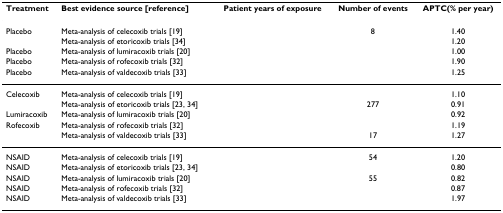
<table><thead><tr><td><b>Treatment</b></td><td><b>Best evidence source [reference]</b></td><td><b>Patient years of exposure</b></td><td><b>Number of events</b></td><td><b>APTC(% per year)</b></td></tr></thead><tbody><tr><td>Placebo</td><td>Meta-analysis of celecoxib trials [19]</td><td>[EMPTY_CELL]</td><td>8</td><td>1.40</td></tr><tr><td>[EMPTY_CELL]</td><td>Meta-analysis of etoricoxib trials [34]</td><td>[EMPTY_CELL]</td><td>[EMPTY_CELL]</td><td>1.20</td></tr><tr><td>Placebo</td><td>Meta-analysis of lumiracoxib trials [20]</td><td>[EMPTY_CELL]</td><td>[EMPTY_CELL]</td><td>1.00</td></tr><tr><td>Placebo</td><td>Meta-analysis of rofecoxib trials [32]</td><td>[EMPTY_CELL]</td><td>[EMPTY_CELL]</td><td>1.90</td></tr><tr><td>Placebo</td><td>Meta-analysis of valdecoxib trials [33]</td><td>[EMPTY_CELL]</td><td>[EMPTY_CELL]</td><td>1.25</td></tr><tr><td>Celecoxib</td><td>Meta-analysis of celecoxib trials [19]</td><td>[EMPTY_CELL]</td><td>[EMPTY_CELL]</td><td>1.10</td></tr><tr><td>[EMPTY_CELL]</td><td>Meta-analysis of etoricoxib trials [23, 34]</td><td>[EMPTY_CELL]</td><td>277</td><td>0.91</td></tr><tr><td>Lumiracoxib</td><td>Meta-analysis of lumiracoxib trials [20]</td><td>[EMPTY_CELL]</td><td>[EMPTY_CELL]</td><td>0.92</td></tr><tr><td>Rofecoxib</td><td>Meta-analysis of rofecoxib trials [32]</td><td>[EMPTY_CELL]</td><td>[EMPTY_CELL]</td><td>1.19</td></tr><tr><td>[EMPTY_CELL]</td><td>Meta-analysis of valdecoxib trials [33]</td><td>[EMPTY_CELL]</td><td>17</td><td>1.27</td></tr><tr><td>NSAID</td><td>Meta-analysis of celecoxib trials [19]</td><td>[EMPTY_CELL]</td><td>54</td><td>1.20</td></tr><tr><td>NSAID</td><td>Meta-analysis of etoricoxib trials [23, 34]</td><td>[EMPTY_CELL]</td><td>[EMPTY_CELL]</td><td>0.80</td></tr><tr><td>NSAID</td><td>Meta-analysis of lumiracoxib trials [20]</td><td>[EMPTY_CELL]</td><td>55</td><td>0.82</td></tr><tr><td>NSAID</td><td>Meta-analysis of rofecoxib trials [32]</td><td>[EMPTY_CELL]</td><td>[EMPTY_CELL]</td><td>0.87</td></tr><tr><td>NSAID</td><td>Meta-analysis of valdecoxib trials [33]</td><td>[EMPTY_CELL]</td><td>[EMPTY_CELL]</td><td>1.97</td></tr></tbody></table>